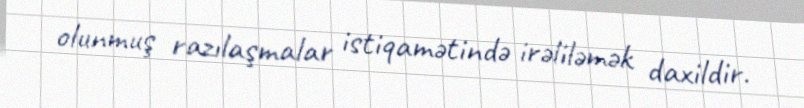
olunmuş razılaşmalar istiqamətində irəliləmək daxildir.